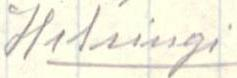
Helsingi